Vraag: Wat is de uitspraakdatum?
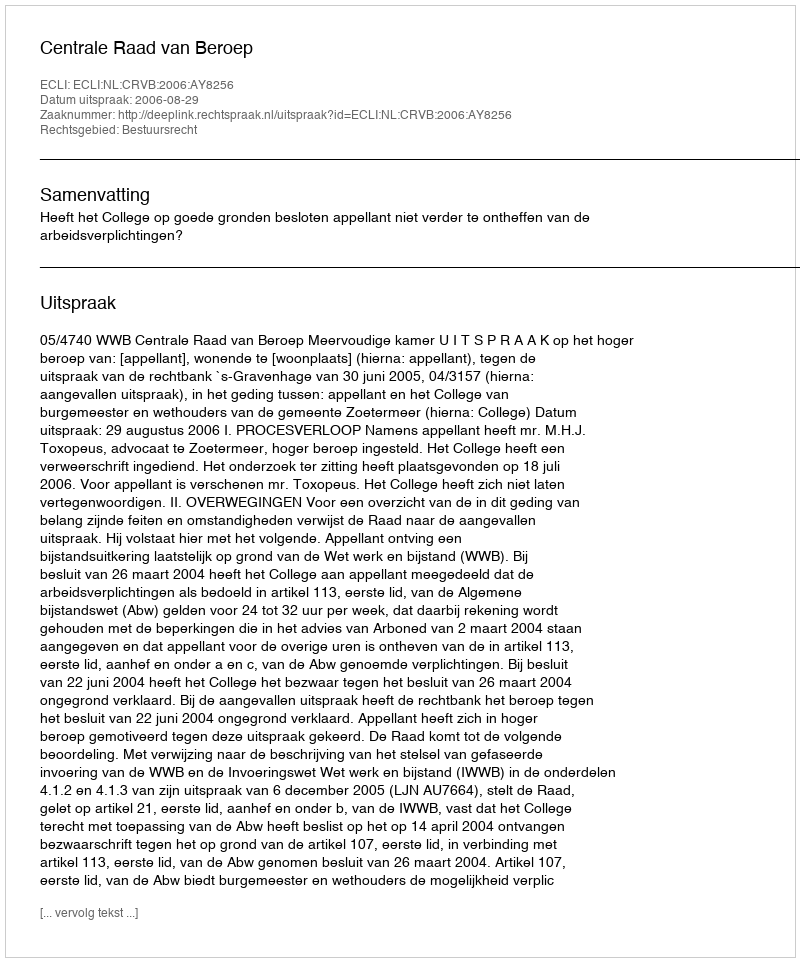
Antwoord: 2006-08-29